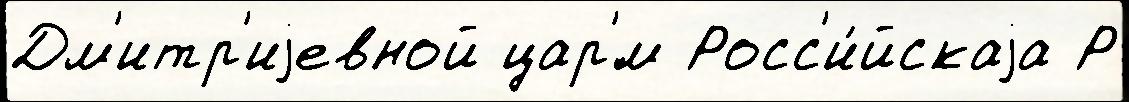
Дм'итр'иjевной цар'́м Росс'и́йскаjа Р